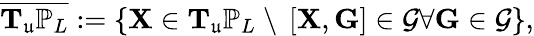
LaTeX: \overline{{\mathbf{T}_{\mathfrak{u}}\mathbb{P}_{L}}}:=\left\{ \mathbf{X}\in\mathbf{T}_{\mathfrak{u}}\mathbb{P}_{L}\ \backslash\ \left[\mathbf{X},\mathbf{G}\right]\in\mathcal{G}\forall\mathbf{G}\in\mathcal{G}\right\} ,